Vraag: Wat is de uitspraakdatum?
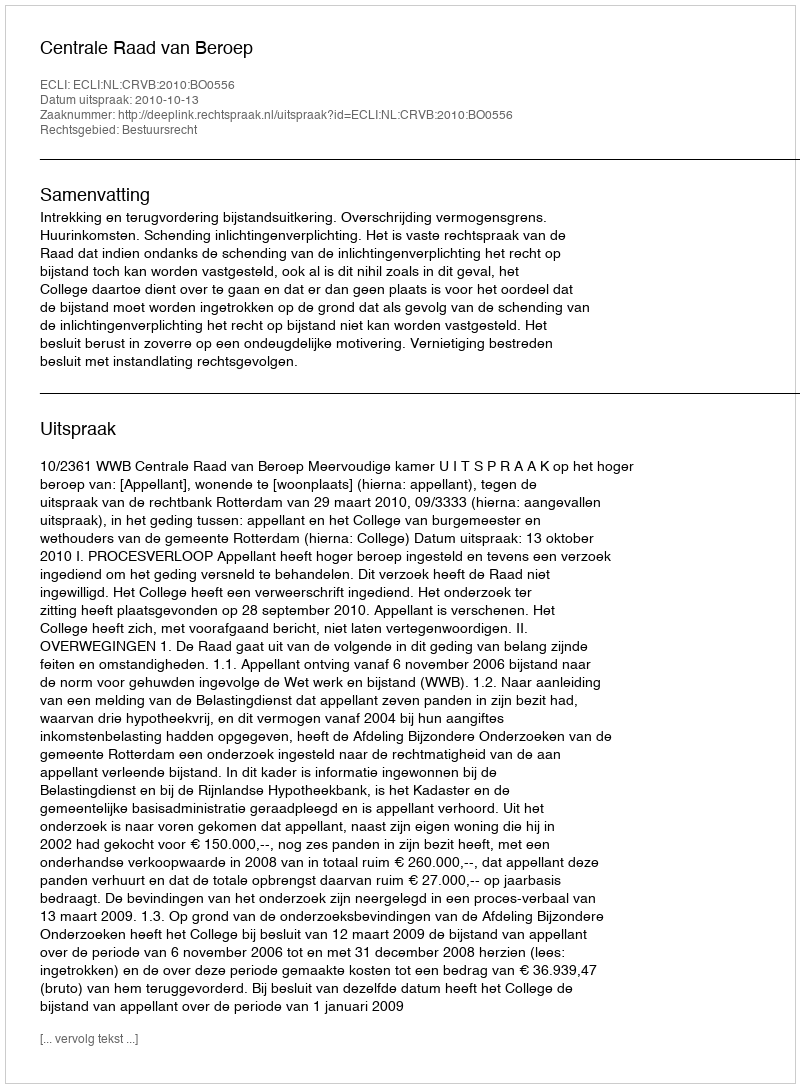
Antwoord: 2010-10-13